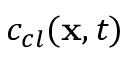
c _ { c l } ( { \bf x } , t )